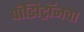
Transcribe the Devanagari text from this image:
पॉझिट्रॉनचा